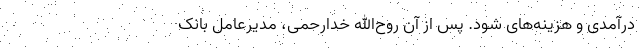
درآمدی و هزینه‌های شود. پس از آن روح‌الله خدارحمی، مدیرعامل بانک